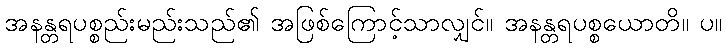
အနန္တရပစ္စည်းမည်းသည်၏ အဖြစ်ကြောင့်သာလျှင်။ အနန္တရပစ္စယောတိ။ ပ။